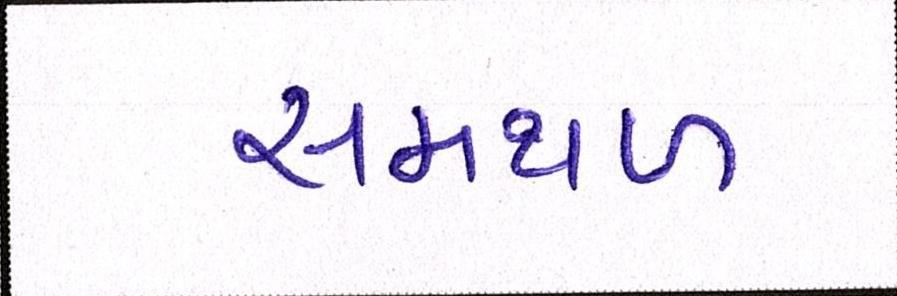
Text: સમથળ